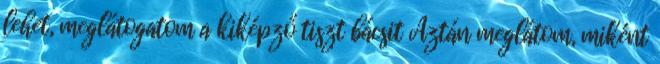
lehet, meglátogatom a kiképző tiszt bácsit Aztán meglátom, miként